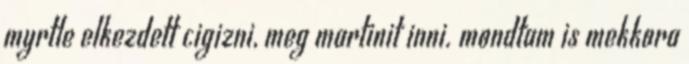
myrtle elkezdett cigizni, meg martinit inni. mondtam is mekkora